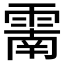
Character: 𩄑